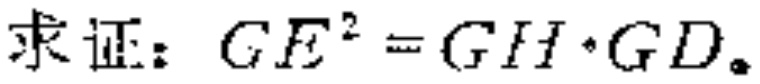
求证：\(GF^{2}=GH\cdot GD\)。